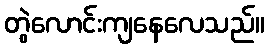
တွဲလောင်းကျနေလေသည်။